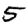
Digit: 5